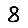
Digit: 8